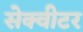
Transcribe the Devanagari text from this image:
सेक्वीटर